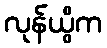
လုန်ယွိက